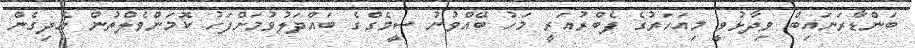
ބަންޑާރަނައިބް ވިދާޅުވީ މިއަހަރުގެ ފެބްރުއަރީ މަހު ބޭއްވުނު ސީމެގްގެ ބައްދަލުވުމަށްފަހު ކޮމަންވެލްތުން އެދިގެން